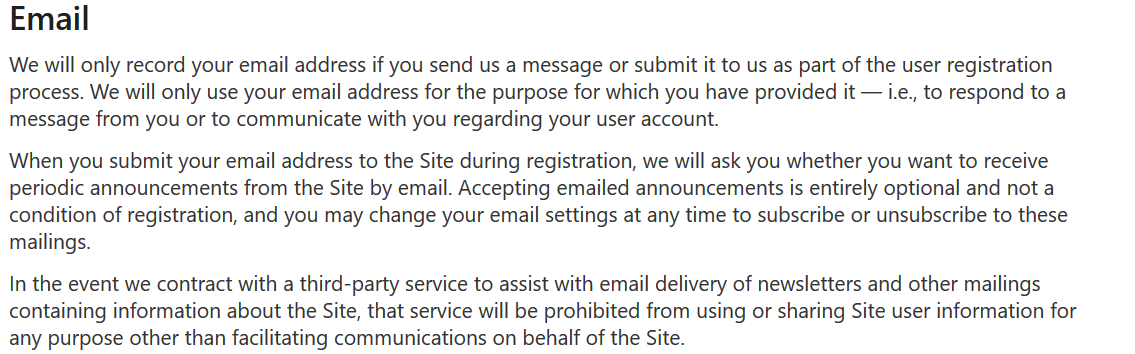
Email
  We will only record your email address if you send us a message or submit it to us as part of the user registration
  process. We will only use your email address for the purpose for which you have provided it
     —  i.e., to respond to a
  message from you or to communicate with you regarding your user account.
     When you submit your email address to the during registration, we will ask you whether you want to receive
  periodic announcements from the Site by email. Accepting emailed announcements is entirely optional and not a
  condition of registration, and you may change your email settings at any time to subscribe or unsubscribe to these
  mailings.
  In the event we contract with a third-party service to assist with email delivery of newsletters and other mailings
  containing information about the Site, that service will be prohibited from using or sharing Site user information for
  any purpose other than facilitating communications on behalf of the Site.